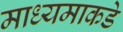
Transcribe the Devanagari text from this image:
माध्यमाकडे